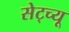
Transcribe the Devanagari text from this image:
सेट्च्यू